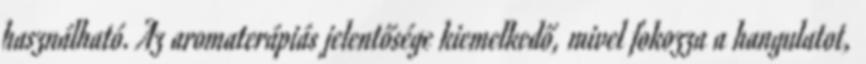
használható. Az aromaterápiás jelentősége kiemelkedő, mivel fokozza a hangulatot,